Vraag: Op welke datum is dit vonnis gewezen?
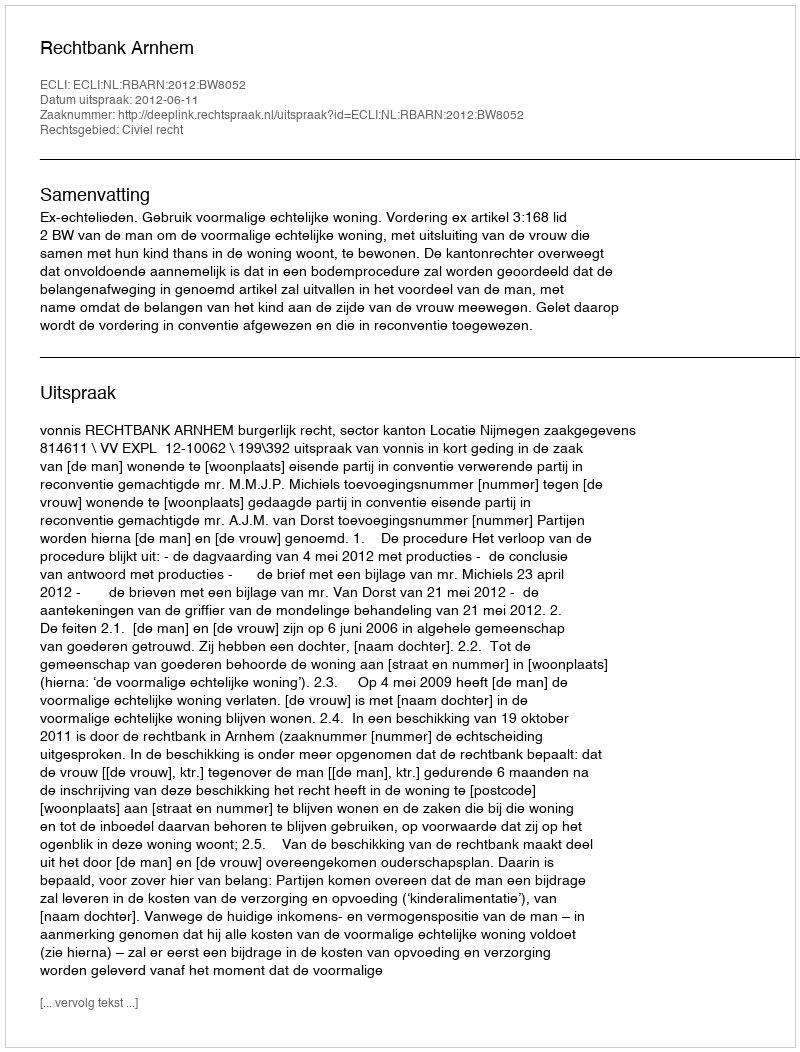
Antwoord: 2012-06-11